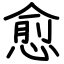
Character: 愈